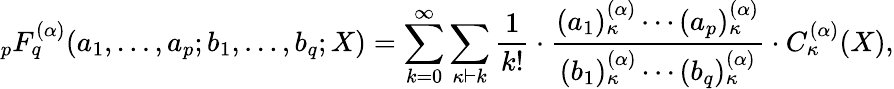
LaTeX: _{p}F_{q}^{(\alpha)}(a_{1},\ldots,a_{p};b_{1},\ldots,b_{q};X)=\sum_{k=0}^{\infty}\sum_{\kappa\vdash k}{\frac{1}{k!}}\cdot{\frac{(a_{1})_{\kappa}^{(\alpha)}\cdots(a_{p})_{\kappa}^{(\alpha)}}{(b_{1})_{\kappa}^{(\alpha)}\cdots(b_{q})_{\kappa}^{(\alpha)}}}\cdot C_{\kappa}^{(\alpha)}(X),